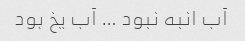
آب انبه نبود … آب یخ بود